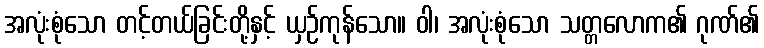
အလုံးစုံသော တင့်တယ်ခြင်းတို့နှင့် ယှဉ်ကုန်သော။ ဝါ၊ အလုံးစုံသော သတ္တလောက၏ ဂုဏ်၏